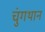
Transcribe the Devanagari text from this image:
चुंगथान